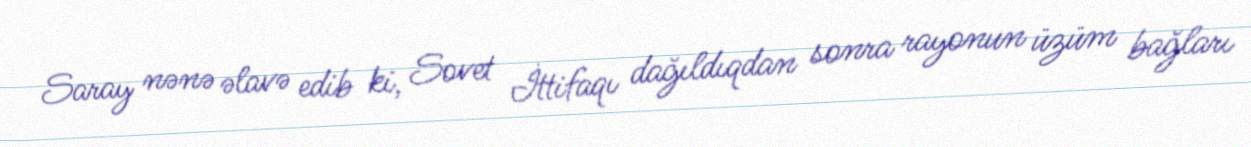
Saray nənə əlavə edib ki, Sovet İttifaqı dağıldıqdan sonra rayonun üzüm bağları